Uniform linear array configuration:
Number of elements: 12
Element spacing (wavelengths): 0.25
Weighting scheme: cosine
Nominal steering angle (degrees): -60
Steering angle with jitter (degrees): -61.465
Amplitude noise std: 0.05
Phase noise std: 0.05

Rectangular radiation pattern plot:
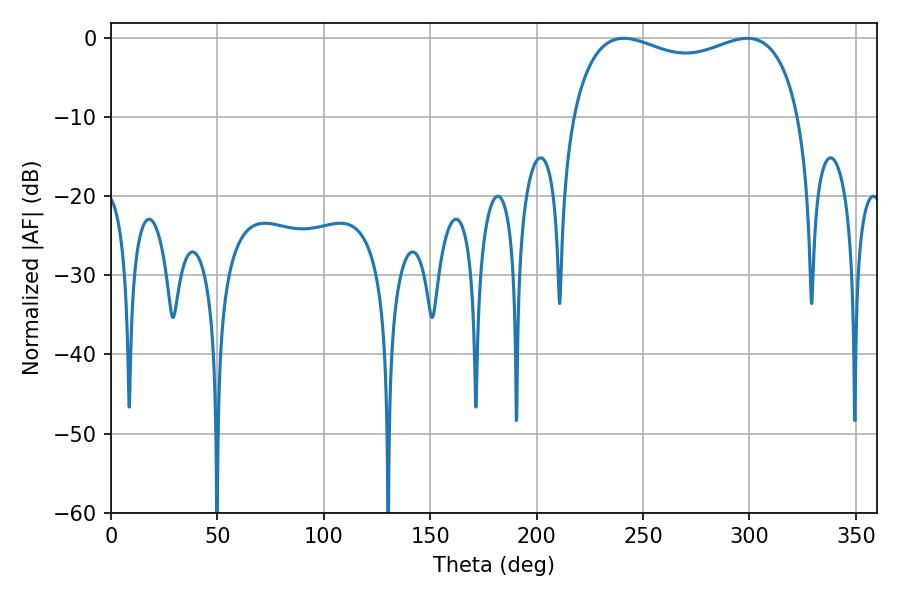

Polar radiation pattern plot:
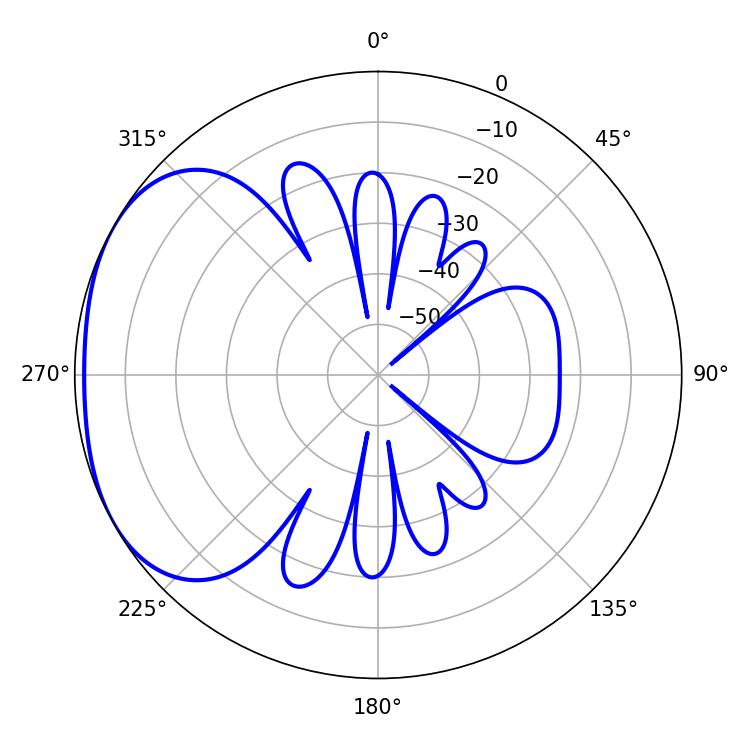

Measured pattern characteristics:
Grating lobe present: FALSE
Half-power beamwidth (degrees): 88.2
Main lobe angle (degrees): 241.02